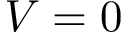
V = 0